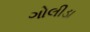
ગોલીડા